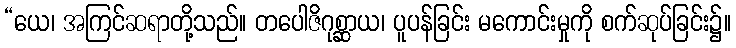
“ယေ၊ အကြင်ဆရာတို့သည်။ တပေါဇိဂုစ္ဆာယ၊ ပူပန်ခြင်း မကောင်းမှုကို စက်ဆုပ်ခြင်း၌။